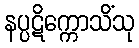
နပ္ပဋိက္ကောသိံသု